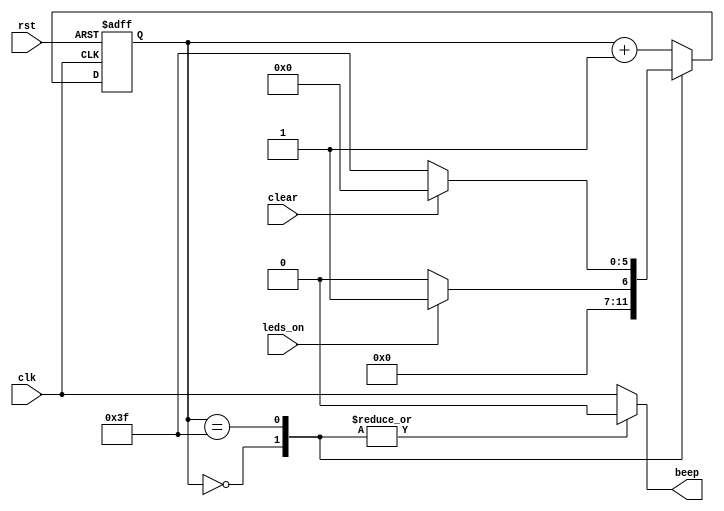
`timescale 1ns / 1ps

module Sound(
    output reg beep,
    input leds_on,
	 input clear,
    input clk,
    input rst
    );

	`define wait_leds_on 	0
	`define wait_clr			63

	reg [5:0] state, nxt_state;

	// seq logic
	always @(posedge clk or posedge rst)
	
		if (rst)
			state <= `wait_leds_on;
		else
			state <= nxt_state;
	
	// next state logic
	always @(*)
		
		case (state)
				
			`wait_leds_on:	if (leds_on) nxt_state = 1; else nxt_state = `wait_leds_on;
			`wait_clr:		if (clear) nxt_state = `wait_leds_on; else nxt_state = `wait_clr;
			
			// 1 <= state <= 62
			default:			nxt_state = state + 1;		
		
		endcase
	
	// output logic
	always @(*)
		
		case (state)
				
			`wait_leds_on:	beep = 0;
			`wait_clr:		beep = 0;
			
			// 1 <= state <= 62
			default:			beep = clk;	
		
		endcase
		
endmodule